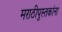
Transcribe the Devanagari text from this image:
मराठीपुस्तकांना